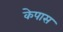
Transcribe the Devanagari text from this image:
केपास